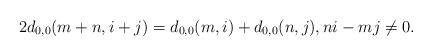
LaTeX: \begin{align*}2d_{0,0}(m+n,i+j)=d_{0,0}(m,i)+d_{0,0}(n,j),ni-mj\ne 0.\end{align*}